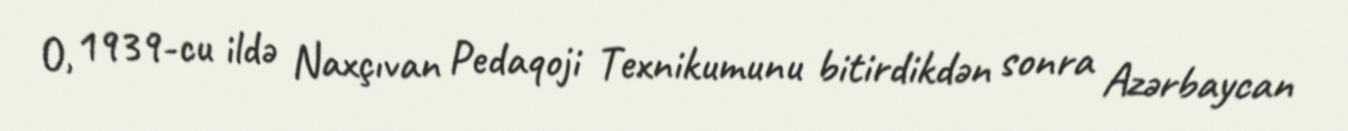
O, 1939-cu ildə Naxçıvan Pedaqoji Texnikumunu bitirdikdən sonra Azərbaycan